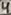
Text: 4